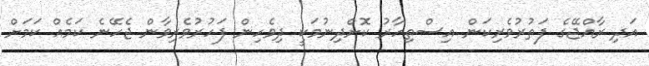
އަދި ރާއްޖޭގެ ފަތުރުވެރިކަން އިސްތިހާރު ކޮށްދިނުމަކީ ދިވެހިން ފަހުރުވެރިވާން ޖެހޭނެ ކަމެއް ކަމަށް